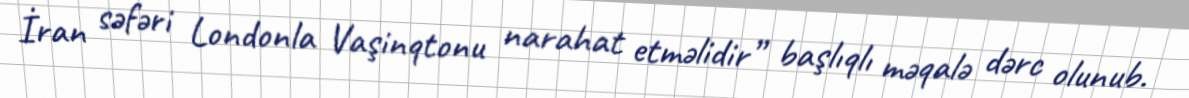
İran səfəri Londonla Vaşinqtonu narahat etməlidir” başlıqlı məqalə dərc olunub.